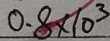
0 . 8 \times 1 0 ^ { 3 }